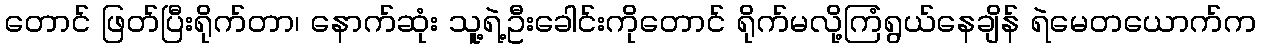
တောင် ဖြတ်ပြီးရိုက်တာ၊ နောက်ဆုံး သူ့ရဲ့ဦးခေါင်းကိုတောင် ရိုက်မလို့ကြံရွယ်နေချိန် ရဲမေတယောက်က